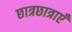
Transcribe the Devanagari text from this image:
छात्रछात्राएँ